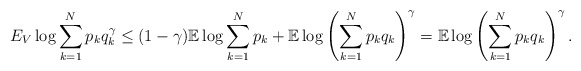
\begin{align*} E_V \log \sum_{k=1}^N p_k q_k ^ \gamma \leq ( 1 - \gamma ) \mathbb{E} \log \sum_{k=1}^N p_k + \mathbb{E} \log \left( \sum_{k=1}^N p_k q_k \right)^ \gamma = \mathbb{E} \log \left( \sum_{k=1}^N p_k q_k \right)^ \gamma.\end{align*}